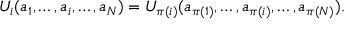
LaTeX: U _ { i } ( a _ { 1 } , \ldots , a _ { i } , \ldots , a _ { N } ) = U _ { \pi ( i ) } ( a _ { \pi ( 1 ) } , \ldots , a _ { \pi ( i ) } , \ldots , a _ { \pi ( N ) } ) .